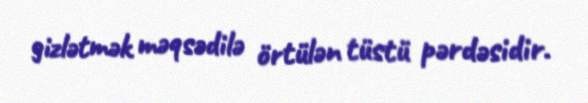
gizlətmək məqsədilə örtülən tüstü pərdəsidir.